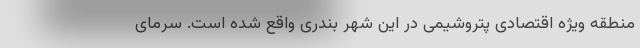
منطقه ویژه اقتصادی پتروشیمی در این شهر بندری واقع شده‌ است. سرمای